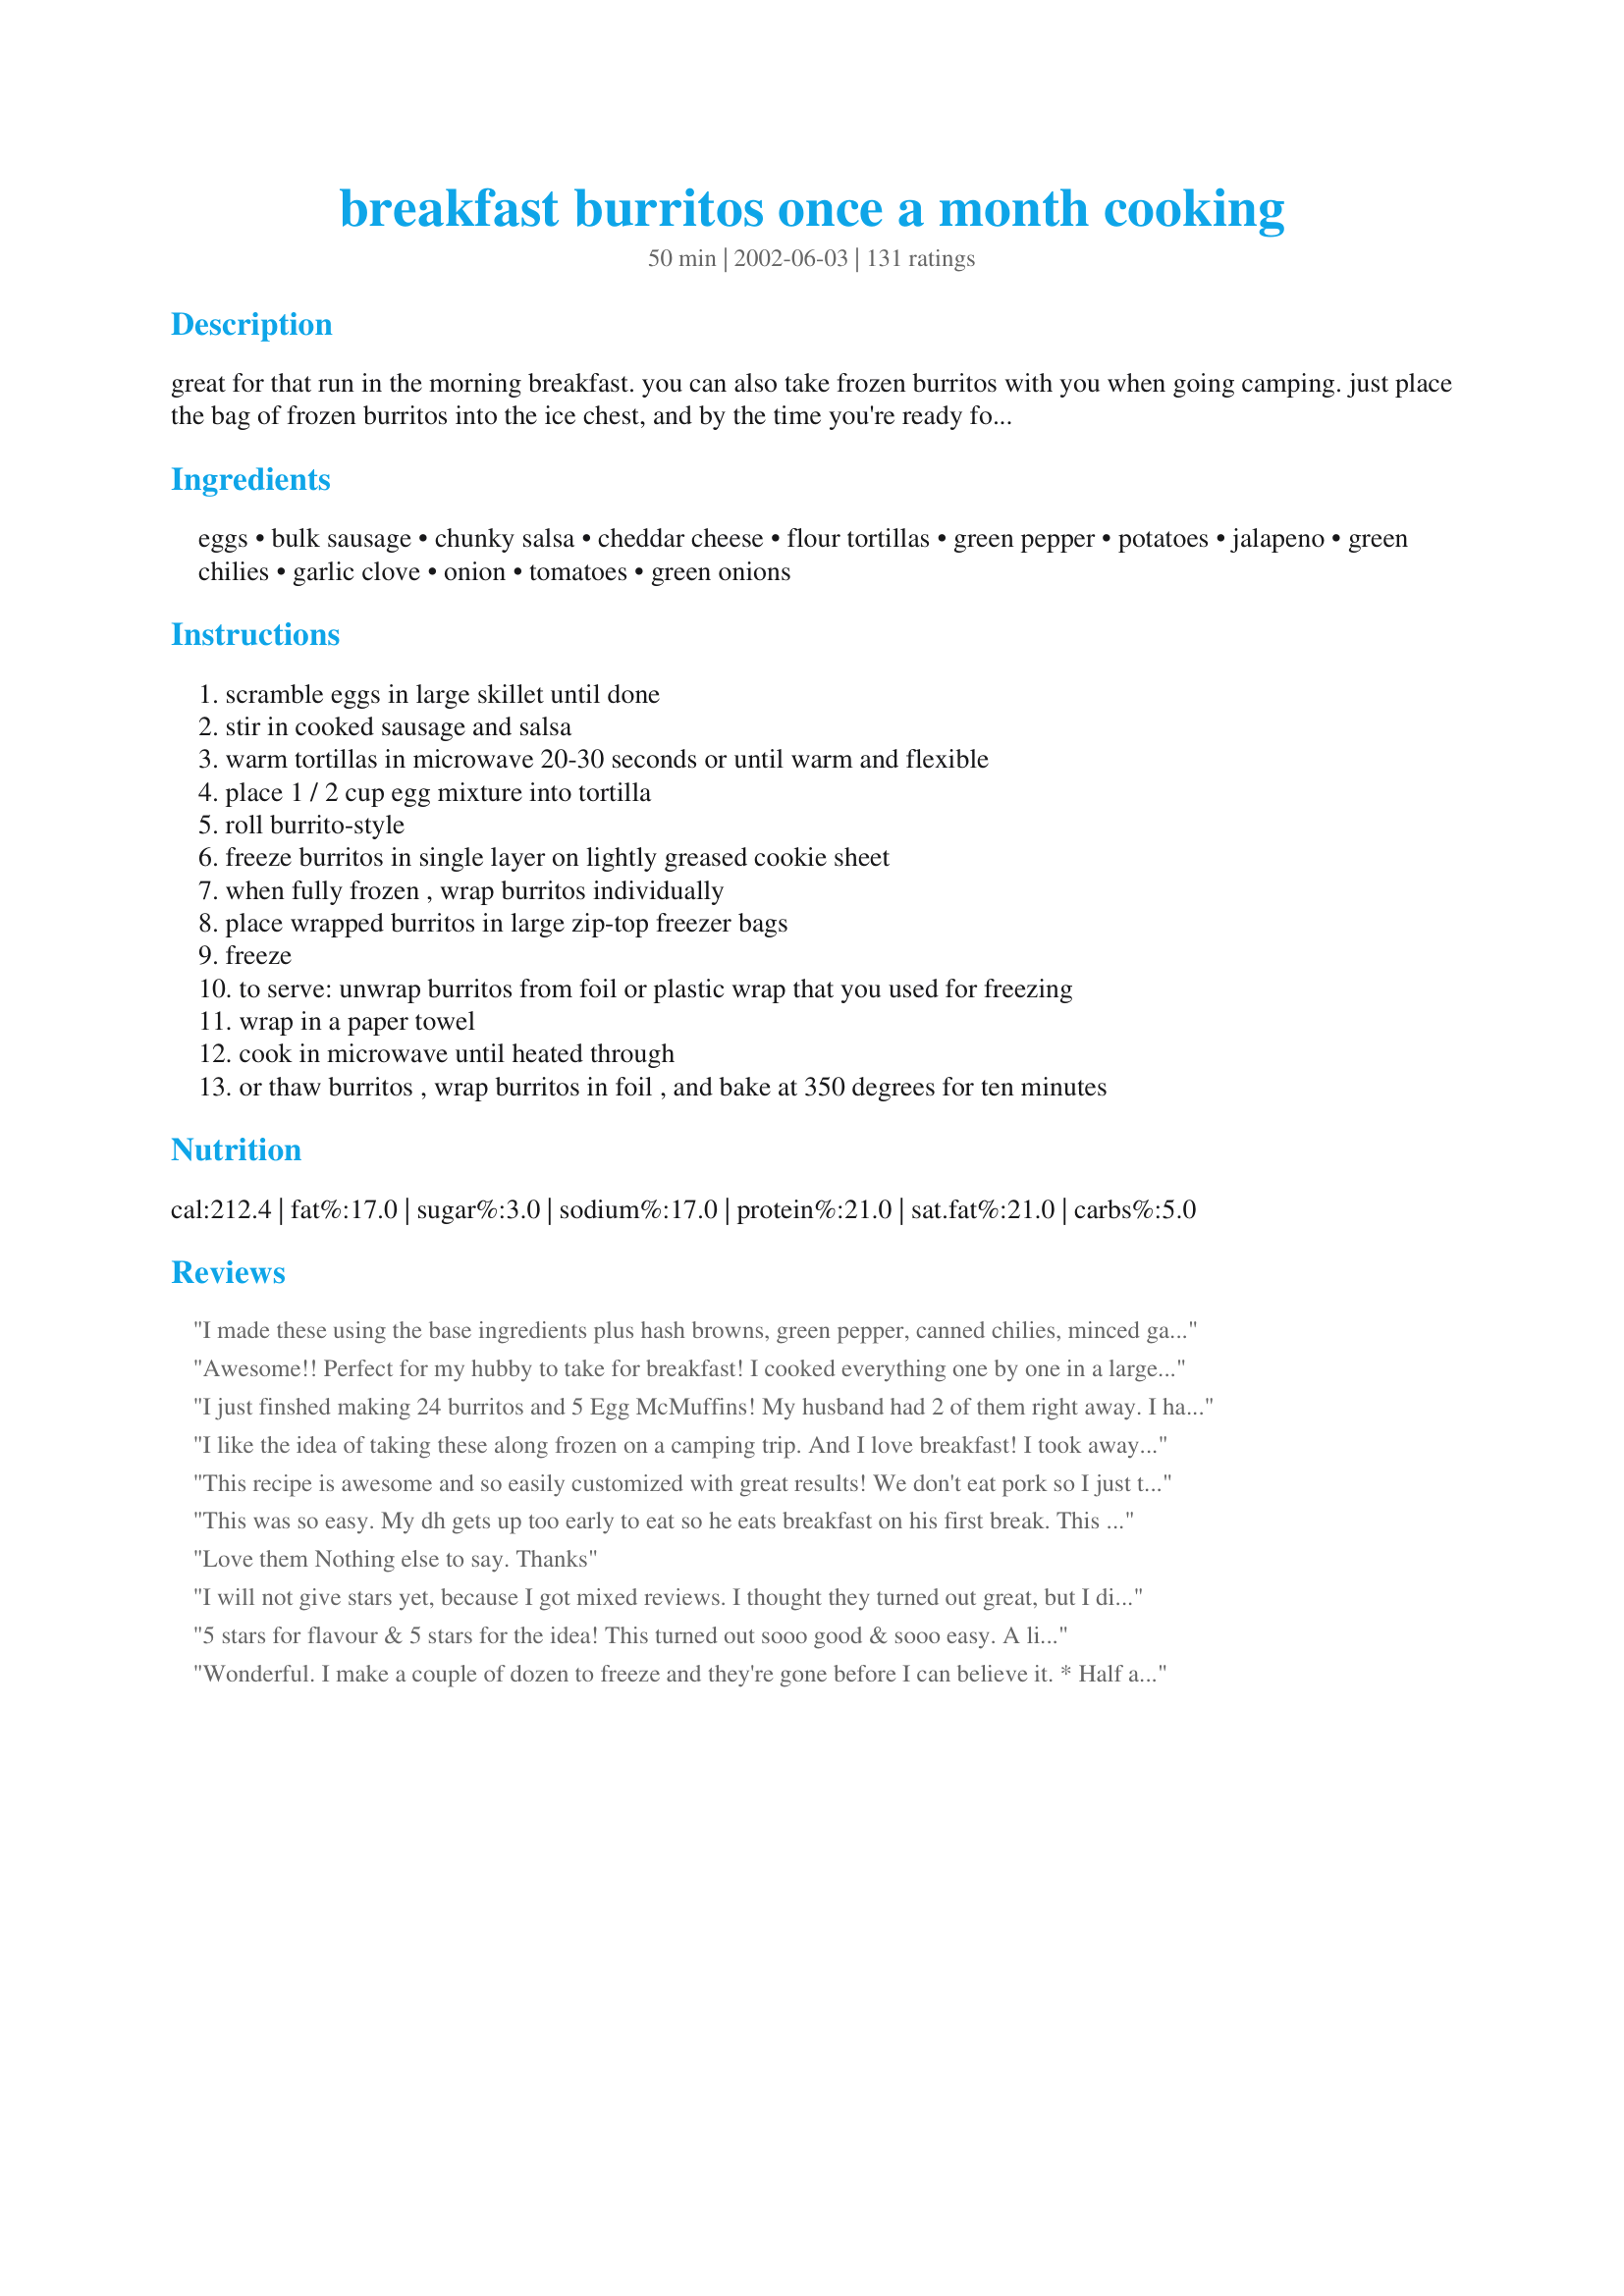
breakfast burritos once a month cooking
Preparation time: 50 minutes

great for that run in the morning breakfast. you can also take frozen burritos with you when going camping. just place the bag of frozen burritos into the ice chest, and by the time you're ready for breakfast the first morning, the burritos are fully thawed. then simply reheat them in a large skillet over the campstove or fire grate.

Ingredients:
eggs, bulk sausage, chunky salsa, cheddar cheese, flour tortillas, green pepper, potatoes, jalapeno, green chilies, garlic clove, onion, tomatoes, green onions

Steps:
scramble eggs in large skillet until done
stir in cooked sausage and salsa
warm tortillas in microwave 20-30 seconds or until warm and flexible
place 1 / 2 cup egg mixture into tortilla
roll burrito-style
freeze burritos in single layer on lightly greased cookie sheet
when fully frozen , wrap burritos individually
place wrapped burritos in large zip-top freezer bags
freeze
to serve: unwrap burritos from foil or plastic wrap that you used for freezing
wrap in a paper towel
cook in microwave until heated through
or thaw burritos , wrap burritos in foil , and bake at 350 degrees for ten minutes

Reviews:
I made these using the base ingredients plus hash browns, green pepper, canned chilies, minced garlic and green onion. When the bulk sausage was cooked I put it on paper towel to get some of the grease off and then cooked the green pepper, onion, garlic and chilies to soften them all up. I had three pans I dished from; hash browns, veggies and egg/sausage. They made 24 perfectly. My picky hubby ate three burritos before they even got into the freezer, he loves them! I plan on making a bunch of batches so my family can eat healthy while I'm going to school FT. Thanks for a great recipe!!
Awesome!! Perfect for my hubby to take for breakfast! I cooked everything one by one in a large skillet so there wasn't much clean-up. Took me about 90 minutes start to finish.
I just finshed making 24 burritos and 5 Egg McMuffins! My husband had 2 of them right away. I had a lot of filling so I started putting more into the last ones and that's why I ended up with the McMuffins! These will be excellent for breakfasts in the morning which I never seem to have time for. I can take it to work and heat it up and eat it at my desk when I get a few minutes. My husband is off work for a few weeks so he can very easily pull these out of the freezer and nuke them for breakfast/lunch. Even my fussy kids should like these! What I used in mine was 1 lb of Jimmy Dean Pork Sausage and 10 chopped up sausage links, 16 eggs, 1 pkg of hashbrowns, colby and mozz. cheese, diced green peppers and mild salsa. The only problem I had was getting them rolled into a burrito (have never been able to master that!).
I like the idea of taking these along frozen on a camping trip. And I love breakfast! I took away a star because this burrito NEEDS BACON!
This recipe is awesome and so easily customized with great results! We don't eat pork so I just took some ground turkey and made taco meat. I then made some hash browns, set them aside, stir fried some mushrooms and green peppers, set them aside, made the scrambled eggs--then I mixed in the peppers and mushrooms in with the eggs. In the end our burritos had eggs with green peppers and mushrooms, some hash browns, a little taco meat and Colby Jack cheese! Thanks Tish for the great recipe!
This was so easy. My dh gets up too early to eat so he eats breakfast on his first break. This is great for putting in his lunch box. Thanks for the wonderful recipe.
Love them Nothing else to say. Thanks
I will not give stars yet, because I got mixed reviews. I thought they turned out great, but I did not choose a good tortilla to use. I picked a whole-grain one, and no matter how piping,hard-to-handle hot I made them, they insisted on breaking. I also think the child who complained might have disliked the tortillas. I will definitely try these again with regular tortillas, because they were very easy to put together, and I loved how they reheated - they tasted fresh and yummy. (5/11/2006) This review is getting really long! Attempt # 2. I used regular tortillas but they were "burrito-size" which are way too big. I only ended up making 16, and the bread-to-filling ratio was too much. Next time I will use much smaller tortillas.
5 stars for flavour & 5 stars for the idea! This turned out sooo good & sooo easy. A little time consuming but i'd rather spend some time putting this together rather than making breaky at 6am for my husband. I loved the combination of flavours. I can't wait to try a greek style one with feta, ham, red onion and tomatoe! thanks for the genious recipe!!!
Wonderful. I make a couple of dozen to freeze and they're gone before I can believe it.

* Half an egg per burrito is just right.

* I used turkey sausage once and bacon crumbles once. Excellent both times.

* I dice a baked potato and add to the burritos. Also chopped green onions and green peppers, sauteed in the same pan as the eggs and sausage.
It was very good, very easy. Depending on your substitutions it may or may not make 24 burritos... Mine came out to less because I reduced the meat and used bacon instead. Using potatoes is a great way to stretch the filling.
Awesome recipe! I usually at least double the recipe because they freeze so well. I recently tried them with the flavored tortilla shells ( sun dried tomato and the salsa ) My son loved them he said it added so much more flavor.
He values his sleep in the morning ( lol )so these are great way to make sure he's feed in the morning. Microwave and go!
Thanks so much for the recipe.
My whole family enjoyed these, I used turkey sausage and a variety of different flavors of tortillas, my favorite was sundried tomato. Healthy alternative for a quick meal on the go, Thanks!
A great recipe to make ahead to ensure that you'll have something for a weekday breakfast. I cut the recipe in half and it made 11 four-inch burritos. You may want to salt the eggs after they have cooked. Thanks for the recipe.
These Breakfast Burritos are really Yummy! Awesome, easy, fast, nutritious breakfast choice for hectic school mornings. Both my kids and Husband love them!
Easy,economical and more important..very tasty. I just made the basic version without any of the optional toppings and found these to be just what I was looking for.. which is a quick on the go breakfast item that my family can easily grab in the morning when rushing out the door and skip the trip to a drive through.
These are really great! The filling possibilities are endless, and a great way to use up leftover ingredients languishing in the fridge. I like to make them at the end of a big OAMC session to use up my "leftover" chopped ingredients that I had prepared in advance and didn't need all of. Thanks!
Delicious OAMC breakfast! My DH really likes them as do I. I use the reduced fat sausage which is 12 oz and always add in the hash browns. This time, used frozen hashbrowns, which made prep a lot easier! I cook some onion in with the sausage and use whole wheat tortillas. So great to have in the freezer for a quick hearty breakfast. I used some larger burrito size tortillas this time, so made about 16 or 17 instead of 24. Have made now for the 2nd time and will be making again as a staple in our freezer! Thanks for the idea!
I made these in June and still have a few left in our freezer. They still taste very good. The egg/Eggbeaters (I used a combination) have dried out a bit, but that's disguised by the salsa and cheese (I'm the only one who noticed). I used 12 eggs/Eggbeaters, 1 lb sausage, 14 10" tortillas (regular, pesto, & flax), peppers, onions, green chiles, cheese, and salsa.
Let me add my voice to the chorus of cheers for this recipe. These are AMAZING, and so customizable! I made these with the eggs, bulk sausage, medium salsa, cubed potatoes, green pepper, onion and cheese. It made about 14 wells-stuffed burritos. These are even better reheated than they are fresh. Two thumbs way, WAY up, and thank you for such a delicious, versatile recipe!
Make these in a big breakfast making frenzy day for DH who loves them! I have used chorizo once and he REALLY loved those ones. Typically, I use only the onion and garlic from the additional ingredients but have used hashbrowns once and some Rotel tomatoes once. Have had 2 thumbs up every time!
I've made it a couple of times now. This is pretty time consuming to make for the inexperience OAMC cook (me), but well worth it. I feed about 5 people for breakfast every weekday morning, so it's pretty economical too. So much healthier than just a bowl of cereal. So much healthier and CHEAPER than buying something like this that is already made.
i made these tonight and everybody inhaled it. love how versatile it is. i only used 7 eggs and 1 pound of sausage and found that was perfect for 6 people.
Great idea! I used sausage, eggs, cheese, and salsa and it came out really good! My roommate loves these, thanks!
Opps... I thought I had reviewed these already! These make a great breakfast for my DH during the week, since he leaves so early for work! I make them up on the weekends in big batches and then freeze them. I change up the ingredients sometimes, but mostly I use scrambled eggs, "hot" sausage, hashbrowns, and cheddar cheese. Great idea... thanks for sharing!
This dish worked very well for us. The boy ate 5 before I could get any in the freezer. Simple ingredients that I keep on hand. Thanks for the idea!!!
Okay, here is what I did. I started with burrito size tortillas so they are the larger ones. I scrambled 24 eggs with three diced green onions. I prepared 24 ounces of Jimmy Dean hot sausage and separately cooked 3/4 of a 30 ounce country style hash browns. Combined the eggs, sausage and hashbrowns in a big bowl and added 1 chopped green pepper, 1 (4 ounce) can diced green chiles, 1 1/2 cup chunky salsa and 2 cups shredded cheddar cheese. I filled each of the burritos with one cup of the mix and ended up with 20 very stuffed burritos. Yum. Thank you for the idea. 
p7/8 of a package of frozen hashbrowns
What a handy recipe to have in the arsenal. Used whole wheat tortillas (pretending to eat healthy). Made about 2/3 of them using the basic recipe with a little extra slosh of salsa, then added diced cooked potatoes (browned in a skillet), green pepper and onion to the remaining filling to make a Denver omelet version. Either I used oversized tortillas, or I overstuffed them: I wound up with 15 - fewer than I&#039;d like, given how delicious they are. Next time, I&#039;ll increase the filling by 50%. And there WILL be a next time. It was nice to warm up a real breakfast for myself at work this morning, instead of relying on coffee and whatever cookies someone brought in to the office.
The only reason I gave this a 2 star review is because after trying it a couple of times, my DH and I decided we just don't like this sort of thing. It was easy to do and froze well, very versatile but just not for us.
I made a half batch of these and loved the results!! I will keep these prepared & in my freezer ready to grab & go from now on. Thanks Tish!
These are excellent and very easy to make. I have played with various combinations including pepperoni one day when I noticed I was out of sausage. Monteray Jack cheese with Jalepenoes is excellent in them also. It is saving us a fortune since hubby used to buy a couple each day on his way to work.
I've been cooking this weekend bc I'm starting a new job tomorrow. Now I will have a delicious and quick breakfast every morning! I am a breakfast person and won't give it up. THIS ROCKS! I just ate one and man-o-man it is good. I used real eggs, LF Jimmy D. sausage, green onions, salsa and cheddar. I'm so tickled with this idea. THANKS!
quick and easy. thanks! I doubled it, but still only got 27 burritos, maybe I used the larger burritos? I told the kids they were limited to one a day. I have been trying to stock the freezer for my bottomless pits-- thanks!
There are a lot of ingredients not mentioned in the directions.
I made these this morning (for breakfast and then did the remainder for OAMC). I followed the directions and also used 1 green bell pepper, 1 bag of frozen cubed hash browns (that I crisped up in the pan) and 1 tomato. These were sooooo declicious! The flavors are so good. It made a lovely start to our sunday morning and will make great breakfasts for my husband in the month to come. Thanks Tish for sharing such a wonderful, delicious and easy way to prepare good breakfasts for a month!
Very quick and easy. Great to have in the freezer for a breakfast on the go. Thanks for the recipe.
I made these and put them in the freezer on Sunday so we could grab them and go before work all week. These are delicious, easy and a whole lot healthier than the processed ones you buy from the grocer's freezer! Thanks for a great recipe we loved them! :)
this sounds so tasty can&#039;t wait to try it
These are very easy to put together and taste wonderful. I made these and put them in my freezer so that when I didn't feel like making breakfast I had something to eat. Well my brothers ended up coming over so I gave them some. They ended up taking the rest home with them. A week later they called and wanted me to make them some more. Thanks so much for sharing this wonderful recipe, Tish. I love that you have included instructions on how to freeze and reheat the burritos!!
Wow - I can't believe I never left a review! This was one of the first recipes I made on Zaar. I have since made breakfast burritos many times! This is so convenient to have in the freezer for all those busy mornings & commutes here in NYC. A true OAMC recipe! Plus, it's really easy once you get a system for wrapping your burritos down. I make half of the batch with bacon & the other half with sausage. With my eggs I use whole wheat tortillas, green chilis, scallions, cheese, & hash browns. You could make all sorts of versions! I have a chorizo & mozzarella version I'd still like to make someday. Thanks for posting!
Tish, You had me at Habanero Jelly but this is another great recipe. Thanks for posting it. I have made it without optional ingredients and it was great, I have made it with some of the optionals like potatoes and jalapenos and it was great. I have made them hot, medium and mild and they are a hit all three ways. Keep them recipes coming you got a fan in Alaska.
Easy to freeze and heat up in the mornings for a breakfast on the run. I throw in a large bag of Walmart brand frozen shredded potatoes (cooked) and use spicy bulk sausage. Family asks for them every week! I make it all in one skillet, after cooking the potatoes I transfer them to a bowl then fry the sausage with the onion and garlic, when it's almost done, I throw in the eggs, jalapenos, banana peppers, salt and pepper and fry them up until done. I take off the heat, trow in potatoes, cheese and salsa, stir and let cool before I wrap. Easy and tasty. Thx for the recipe!
So dang good! I never would have thought of freezing them. They tasted so fresh after being heated up too! I used everything but tomatoes and jalepenos. I used tater tots for potatoes and put them in the skillet with the vegetables and covered with a lid. When they were soft I just mixed that all together and broke up the tots. I also melted the cheese in with the eggs and that worked out great! We add extra salsa when we eat them too.
I have had this recipe in my cookbook for quite a while and finally decided to make them last night. I am always looking for the healthy route, so I used egg substitute, meatless sausage, reduced fat cheese and low-carb tortillas (and regular salsa). Even with all those changes, these were really delicious. I microwaved the frozen burritos for 2 minutes and they came out great. I am very happy to have a new easy (and healthy) breakfast option.
Everyone in our household loved these. The mixture never made it to the tortillas to go into the freezer. My DH and brother ate it in 2 days before I had a chance to put them together.
I was a little worried about a 10 inch tortilla with these, (thought there would be too much tortiila. I made two bowls of mixtures. DH doesn't like all my veggies. I made organic sausage with potatoes and onions with cheese, with a 1/4 cup salsa. Then I made a bowl with 1/2 green pepper, 6 mushrooms, 4 roma tomatoes chopped and two handfuls fresh spinach, along with his mixture of sausage and potatoes etc. I made the recipe as is and made the burritos a little bigger than 1/2 cup - a nice rounded large spoonula. I rolled two at a time with two bowls, and made 20 burritos. I labeled one bag 'Dad' and one bag 'Mom'. These are wonderful and will become a staple in our house. I look forward to trying many different ways of burritos. My daughter will have just egg with potatoes. Thank you so much Tish!
This recipe is awesome! I made plain and mexican-style versions for a Thanksgiving brunch and they were a huge hit. And even better than that, I had made the burritos about a week before the chaos hit, so only had to pull them out of the freezer to reheat before serving. Everyone left asking for the recipe. Thank you!!
Loved 'em! I made 2 batches for a canoeing trip. First batch used the basic recipe with regular bob evans sausage and green onions. The second batch was a country style with maple sausage, hashbrowns, and a yummy yet mild four cheese blend. DH complained that both would have salsa so made me leave it out of that one. He was wrong. He agreed that the salsa one's were better. The salsa binds everything together and doesn't necessarily make it "spicy". All of the campers loved the burritos, especially the regular "spicy" ones. I found that the hashbrowns tended to get a little mushy. 

Each batch made about 15. They froze well and were scrumptious. Rave reviews from the canoers! We will use this often at home! Thanks!
I first tasted these on a tortilla chip at the Clay County Fair when I was still in elementary school and we've eaten them ever since. We use more salsa, cook off the extra juice then add the cheese and put the lid on the pan until the cheese melts and then stir the cheese in. We also heat the tortillas on a griddle instead of in the microwave because they stick when I try to do them in the microwave to soften them before I fill them. I don't like individually wrapping them when I freeze them, so I freeze them in a single layer on waxed paper on a cookie sheet, put them in a big (usually 2-gallon) Ziploc then reheat them on a paper towel (which also works well to hold them while rushing out the door). We've also tried them with spinach tortillas and while I thought the tortillas tasted too strong, my dh and mil loved them.
Fantastic - out of this world - reheats beautifully! I used 3 links Johnsonville sausage for the meat - yummy!
I love this - being diabetic I need a well rounded breakfast. The hardest thing for me to get on busy mornings is protein, so these are perfect for me. I made mine with lots of veggies and refried beans. Adding another comment now that I've made these several times - frozen hash browns work better and are easier than potatoes AND to make prep time shorter I dont shred the cheese, I just slice and put on wrap before adding egg filling. Works great and saves time :)
Made these just as directed and added a chopped onion, 1/2 of a green pepper, and about a cup of mushrooms. Yum! I made these for my DH to eat before work but he's going to have to share!
These are fantastic, a really great breakfast to wake up to! I used eggs, salsa, hash browns, bacon and diced ham, cheese, onion & bell pepper. Super filling! Thanks!
These were easy to make and freeze quite well. I just grab one out of the freezer and put it in the microwave for 2 min and I'm ready to go.
Tish, delish! I made these in a clean out the freezer game. (It is a silly little game I play when I think it is rotation time!) I found the southwestern hashbrowns that I had previously frozen, 10 strips of bacon, 10 eggs, mozarella cheese (left over from italian night) little smoked wennies (left over from superbowl) and the tortillas you get from costco that are raw. I cooked everything up at seperate times, but in the same pan. Mixed it all together and then wrapped them each in plastic wrap, threw all but two in the freezer, first one, dh ate right then and there, very excited and the second, he ate this morning. 1 minute wrapped in a paper towel and he called me this morning to tell me it was the best breakfast he has had in a long time! Thanks for a great base I learned from! (And I looked like a genius!)
These are so convenient! I am trying to save some money and this makes so much for so little. Definitely beats the everyday cereal I have in the morning. This is a keeper...thanks!
The only thing I'd add add next time are some black beans. Not only did my entire family love them, but they were SO easy to make. I used whole wheat tortilaas, and they turned out great.
These are great for the protein diet teens here. My grandsons lift weights and work out so I bake sweets less often but have these on hand because they eat all day long and these give them lots of protein. I made the basic recipe with low fat cheddar. Once I've stocked them in the freezer they can feed themselves; the microwave is the first cooking tool I taught them. heh heh
Great recipe and couldn't be easier! I used turkey sausage and mozzarella cheese. I left out the salsa. They are so easy to reheat for busy mornings and super duper yummy! It's a keeper for sure!
These were great, Trish! I reheat mine as you mention below but then I place it in my sandwich maker for another 3 minutes to get the top and bottom nice and crispy. This is going in my regular rotation! Thanks, Trish
This is very good. I made it with the hashbrowns and eggbeaters. I was also out of salsa, so I used Rotel and jalapenos.

HOME RUN&lt;br/&gt;A few modifications: I used tater tots, just pop in oven until crispy and smash. I read someone had issues with w tortilla being hard so I choose a soft thin wrap and skipped microwaving before freezing. I used armigos brand wraps. I also used the smaller wraps which I think work great for portion control and dieting for me to eat just one but my husband can eat 2 (and he&#039;s a big guy). I also cooked everything separate and assembled on the tortilla. About 3 smash tots first, eggs than crumbled meat (turkey sausage, bacon etc chicken whatever) than I put a bit of cooked (drained) basil tomatoes than cheese (I did a four blend mix shredded cheese) on top. &lt;br/&gt;You could also do one with egg pepperoni, shredded cheese and tomatoes for a fun kids sleepover or kid friendly breakfast. Anyways I saved so much time this morning and this really stretched the groceries. My husband texted me from work this morning raving about it. Home run
These are perfect for busy weekday mornings. I take one out of the freeze at night for hubby to heat up in the morning. Great simple recipe that can be changed to mix it up. Thanks for sharing!!
This has been a life saver! I love the idea of the frozen burrito. I love how you can change it to your family's tastes. It's been so nice DH can take it to work in the morning. We have saved a lot of money. Thanks so much!
I've been looking for something that I could cook in bulk and freeze for quick breakfasts, and this is definitely it! I used the smallest tortillas, 8oz block of cheddar shredded, 3/4c salsa, 12 eggs, 4 slices bacon crumbled and 4 shredded russet potatoes. I got 17 burritos - although I overstuffed a couple, so it would have probably been more like 19 or 20 otherwise. Very tasty, and super easy!
I made a very large batch and used 36 eggs and 2 lbs sausage. This was plenty of sausage, and we love sausage. I used Ortega taco size flour tortillas. These were the perfect size. I wrapped the burritos in plastic wrap and immediately put into bags and froze. This worked great. To reheat, I microwave them for 1 minute with the plastic wrap loosely lying on top. Then I remove the plastic wrap and heat 45 more seconds.
Only made two to eat right away but they were so good. Added crisp hash browns and green onion. Will make many time again.
These are just great to have in the freezer for a quick breakfast or snack. I used crumbled cooked sausage links, and spread each tortilla with a layer of refried beans before adding the other ingredients. I made 6 extra-large burritos, then cut each in half before wrapping in plastic for freezing. Thanks for the great recipe!
this is a no brainer review. Easy to make, the best thing since scrambled eggs and toast. Very versital recipe to please any taste. However, I will be making these things more than once a month. I have a teen, nuff said.
My rating is based on the novelty of this "OAMC". Breakfast burrito recipes are pretty standard and I adapted this one to suit my needs- used SoyRizo (veggie chorizo) and soy cheese, but it turned out great! AND! I have breakfast every weekend for the next month! Great idea.
Thank you this is a keeper,
Very good! I made them with green pepper, hashbrowns and onion. About 1/4 of the mixture was eatten right away (DH though I had made supper LOL), so I didn't get 24 burritos out of it, but some did make it into the freezer. I made them with whole wheat flax seed tortillas, very yummy!!!
This is a brilliant recipe. I make a batch of these every so often for my husband to eat for breakfast before work. Perfect.
Awesome. I added about 2 cups of frozen hash browns (browned), a cup of sliced mushrooms and a cup of frozen diced onions. What a great way to get some protein in my husband on a hectic morning. I did find from a total frozen state, it took 3minutes in the microwave--but I do have a lower wattage micro. Good idea to wrap the burritos in a damp paper towel to keep them from drying out. Thanks.**update 02/15/13~~I make these quite often so I felt like I needed to revise my comment. This does not make 24 burritos unless you want all carb, too much tortilla burrito. I make an even 10 burritos, without splitting the tortillas. I'm not adding a ton more ingredients as far as what's listed. Still 12 eggs, 1/2 pound turkey sausage, then 2 cups cubed potatoes. Another cool trick is to reduce the salsa, helps to avoid the burrito being too wet.
I will be making my second batch of these tomorrow. I just did the baic recipe with no frills. I had never done OAMC recipes and I was happy this came together so quickly. Thank you.
These were a big hit with my family! Great to take for 6 am hockey practice.
I modified mine to what I had and got 9 tortillas filled with 1/2 cup of filling.
I used 10 eggs, 10 tsps milk, 1 package mini sizzlers, 6 tbsps salsa and 1 1/2 cups shredded cheddar.
Wouldn't change a thing, the flavour was great!
Thanks for making mornings easier :)
Excellent!
Wonderful idea. I made these for Sunday breakfast and used the remaining ingredients to freeze for later. It was a nice change of pace for our family breakfast. I didn't add the salsa to the egg mixture, since DS doesn't care for it. I just set it out with all the toppings for us to add as needed. Thank you for this wonderful breakfast and many for to come......Stephanie
I made a batch of these last night and was really surprised at how quick they were to put together. These are great, already 4 have gone. 
Only because I had the extra time, after I had microwaved them I popped them in my new Cafe Press for a minute to toast the outsides. If doing it again in the Cafe Press I probably would only microwave it for 1 1/2 minutes. 
My mind is going crazy with ideas for fillings. I used bacon and I think crushed pineapple would be nice with it. Hubby liked the sound of creamed corn and bacon. Savoury mince cooked with taco seasoning would also work well.
Thanks for sharing this great recipe that won't only be used for breakfast.
These are great ! My husband loves just grabbing one out of the freezer on his way to work and popping it in the microwave. He says they are much better than the ones on the "roach coach" at work! Thanks !
This recipe is sooo versatile, I make them differently every time and they&#039;re always great, You can buy a bag of chopped and frozen onion/pepper medley super cheap at grocery store that goes well, sometimes I put the left overs from chicken fajita night in it, sometimes bacon, left over veggies like spinach, hashbrowns, to me, this is the breakfast version of my great grannies &#039;pot pie&#039; which always included any left overs lol! I use about 1 egg per burrito sometimes less according to the volume of other ingredients. If you put a couple in fridge before going to bed it makes it much easier to reheat in microwave and heats more evenly than from frozen. Making so many takes a while, at minimum an hour but if you consider the collective time you save its worth it. My bf and I eat these all the time, they&#039;re so good and easy even for lunch or dinner if we&#039;re being lazy :)
i gave it a 3 because i ended up putting potatoes and it turned out not like i wanted i think next time i will x the potatoes (maybe the potatoes went cooked all the way
I just made this recipe for breakfast this morning. I halfed all the basic ingredients and added 1/2c. onions & bell peppers. Everyone loved it. It is definitely going into our breakfast rotation. I was able to make 13 burritos by using 1/4 cup of filling in each small (6 inch) tortilla.
This recipes has certainly come in handy with school starting and with my husband's work schedule. I've used just the basic recipe without all the extras and the fam loves them. I just made another batch yesterday, freezing half of them. Thanks Tish for all your great ideas.
These breakfast burritos are great. My version included ground Recipe #275998, and nutritional yeast sprinkled in instead of cheese. I added a diced potato, onion, and garlic. Even with these additions and using a 1/2 cup measuring cup, I only came up with 13 burritos. I ran into some difficulty when reheating as the tortilla would get really hard and crunchy. Thanks to some tips in the OAMC forum, I tried nuking them wrapped in a damp paper towel and it turned out much better. Thank you for this recipe, I will be making it again and again!
I can not believe I haven't reviewed this recipe until now. This is pretty standard in our house. I love having these in the freezer for a quick grab and go breakfast. There are so many variations that the possibilities are endless. This morningâ€™s version consisted of a mixture of homemade chorizo and a low-fat turkey/pork sausage. The sausage was cooked first with just enough fat cooked off to cook 2 small to medium shredded potatoes. Once the sausage was about ready, the potatoes were put into the pan and cooked while the sausage finished. The salsa was poured in at the end of cooking the sausage/potato mixture and some of the liquid was allowed to cook off. I then poured in 3 cups of egg substitute and allowed them to cook, stirring as they set. Finally, the grated cheese was added and stirred gently into the mixture. I would highly recommend planning ahead when selecting a pan. My 5 quart French oven worked quite well and the cast iron allowed for good even heat distribution while cooking. The tortillas were zapped 2 at a time for 30 seconds and the assembly was completed very quickly. After chilling for about an hour, the burritos have been wrapped in individual food serve foil sheets and placed in a ziplock bag and into the freezer they went for breakfast on the go.
This recipe got the best review from my kids... "It tastes just like McDonalds!". I enjoyed as well but added more salsa. I used 10" tortillas and got a total of 8 burritos, although a few were overstuffed. Thanks for a great recipe!
these are great...easy for the kids to make and fast for hubby to make before he goes to work. made 2 bags of about 12each and first bag was gone in 2days...guess that means we will be making these again.
This is actually really good. However, I did not follow the measurements to the core. For breakfast, I had one tortilla with 1 egg (not 1/2 of an egg), scrambled, with 2 oz. of sausage, chopped up, after the eggs were scrambled I cooked the sausage with the eggs on a nonstick pan. After the sausage was cooked, I added 1 tablespoon of salsa. In another pan, I warmed up the tortilla. Finally, I took the tortilla off the stove, poured the scrambled sausage and egg mixture on the tortilla and topped it with cheese; finally, I closed the tortilla from all four sides and warmed it on the pan again for the cheese to melt. I had it with a cup of orange juice and I really enjoyed it.
The burritos were fantasctic, but I was very puzzled to see that only 12 eggs would make 24 burritos. That's on .5 gee/burrito, and not nearly enough protein for my husband in the morning. So I upped the ammount to 16 eggs and cooked up some finely chopped bacon and added cheese and bbq sauce. I only got 7 burritos. Next time I will add potatoes and peppers etc. to bulk them up a little. Great idea, though.
I make these all of the time for my husband, he loves to take them to work. These are so easy and quick to prepare, thanks for a great recipe!
Made these for my boys for the summer and we loved them. Great recipe. Made a double batch and froze them.
What can I possibly mention that hasn't been said before..Probably nothing! 
For ingredients I used 16 eggs, 1 lb. sweet sausage, diced green pepper, diced onions, diced ham, garlic, 1/3 c. 'real' bacon bits, fiesta blend cheese and 1/2 c. mild salsa. and used 9" Burrito sized tortillas. I made this specifically for OAMC. Instead of spraying the sheet pan I used parchment paper. The bummer is I wished this made more than listed, due to the size of the tortilla I used (9") I only was able to make 10, and these were close to 3/4 of a cup, not 1/2 c. of filling-again because my tortilla must have been too large.
Great recipe Tish, my family was sooo tired of plain old breakfast-we call it 'The most boring meal of the day'! This has made breakfast fun again. Instructions were perfect!
Upgrading to 5 stars! Made two batches, one with sausage and one with ham. These are the easiest ever, freeze beautifully and heat up in a snap. Perfect for people on the go, a warm breakfast in hand as we run out the door is the BEST! Thanks for a great, easy, nutritious and delicious recipe. :] Very good for quick breakfast food! Simple to make, freeze and heat. Made a bunch to freeze for the teenagers. A great go-to recipe when you need to stock your freezer with simple and fast kid food. :] Thanks!
Made these for my 21 yr old son when he got his 1st apartment last February. He was working FT and going to school FT. He loves to cook but, not much time for it. He and his roommate loved the burritos! Now I am making them for another son and our DIL as they just had our very first grandchild (a boy!) and they have no time for cooking. I am actually making 15 different OAMC meals for them. Thanks for the recipe!
We make these with our favorite optional ingredients and you just have no idea how great they are. I usually use 1 1/2 lbs of sausage, a bag of Kroger frozen fajita pepper and onion mix(sauted and chopped up some more), a bag of frozen country style hashbrowns(cooked in the oven with parchment and foil-less mess and no sticking) and more cheese. They are SOOO good and a great to go breakfast or lazy breakfast.
What a time saver this is! It gave my husband and I a little something different for breakfast. I made them with spicy sausage, we like a little kick. So tasty and so easy in the morning! Thanks!
This so good. The proof is in the freezer!! I ate one while I was making them. I only made half the recipe. I used Ham cut realy small and cheese and the eggs. Seasoned with salt and peper and season salt. Wrapped those babies up and they are in the freezer. I know they will turn out. I am so very pleased I was able to make these for my brother to eat. Thank You sooooo very much. Hugs
Since these are breakfast "burritos" I assumed that I was to use burrito sized tortillas but I only got 9 burritos out of the batch. The 1/2 C of filling fit perfectly in the burrito shells. I think 1/2 C would be too much for a smaller shell.
I made these last month for my husband, but since he doesn't like sausage, I used ground turkey and added cumin for flavor. I had to try one, of course! They are delicious! For July I am going to try using whole wheat tortillas, egg beaters and mock sausage for a more healthful variety. Thank you so much for sharing this great recipe!
Labour intensive for sure, but, worth every morsel.. 
I copied the recipe off pat.. 
and doubled the recipe making 20 "tortillo" sized wraps. The secret of this recipe is in my opinion... is to follow the recipe... 
and also I did not add everthing to one pan... I had bowls with every individual ingrediant... cooked if called for and people could make their own according to their own preference. Half a cup is perfect for the filling.. basically a tbl spoon of each ingrediant incorporating the filling.
The left overs, I wrapped with a single layer of foil and top of that cling wrap. 
Very nice... sure beats the McD ... thanks for sharing this.
I love the versatility these things have. I found I could do all the cooking in one pan: cook sausage, remove. Cook peppers and mushrooms, remove. Warm hashbrowns, remove (this is all going into one large bowl) and finally, scramble eggs, add everything back in as well as cheese, salsa, etc. I forgot the cheese and the salse, but opened one back up and tried it with salsa. Yummy stuff. I had one for breakfast this morning and the sheer convenience of "remove from plastic wrap, nuke" made the little effort very worthwhile. I used the smaller tortillas accidentally. I made a half recipe, and I think I added too many hashbrowns, so I added an extra 3 eggs. It came out to be 23 burritoes plus about 2 burritoes' worth of filling I ran out of tortillas for. I will definitely be making these many times in the future! Next time I will remember the salsa and cheese, use fewer hashbrowns, and use the larger tortilla size for a greater filling-tortilla ratio. Update: I made these again the other day, sauteeing mushrooms and peppers until golden then adding hashbrowns that were still frozen. Adding them frozen deglazed the pan a little and got them nice and gold in the process. In a seperate pan I crisped bacon, removed to drain, and then scrambled eggs in the bacon pan. I used wrap size tortillas this time and a slightly heaping 1/2 cup of filling went into each of 12 burritoes. I added cheese to each as I wrapped them first in plastic wrap and stored them in the freezer in heavy gallon bags. I can't tell you how much of a life saver these have been for breakfast. I'm hypoglycemic, so having something with protein that I can have ready in 2 minutes can literally make all the difference in my day. I'm making another batch today with sausage (low fat kind), red pepper, eggs, hashbrowns, and mozzarella cheese. I'd also like to try this with chopped tomatos and guac. Sorry for the dreadfully long review!
Absolutely wonderful! Better than the fast food variety!
I made two batches of these yesterday; one with sausage and one with crumbled bacon.
I sprinkled some kosher salt and a little bit of freshly ground pepper on the eggs, which helped. The eggs are just oh so slightly rubbery after being frozen and reheated. My husband is happy that he can just grab one in the morning on the way to work. Now my son wants his own batch of plain egg. Not gourmet fare (didn't expect it to be), these are just great for weekday breakfast on the run.
Thank you, KITTENCAL.
We love these! We enjoy them not only for a breakfast/ early lunch, but also for those days when you come home too late/tired to make dinner but still want something delicious and filling. In place of the sausage we use diced ham - but that's the glory of this recipe isn't it? You can use as many or as little ingredients as you like. We generally add whatever we have going on in the fridge - peppers, onions, home fries/potatoes - I think once we even added chili!!! :) Delicious, great and handy recipe Tish - Thanks for posting!
These came together so easily and froze quickly too! I used egg substitute, veggies and meatless sausages. Should be a very yummy quick breakfast for DH. Thanks for yet another quick breakfast idea!
These are a great "on the run" breakfast. Take out of the freezer in the am and by the time I'm at work they are thawed and ready for the microwave. Being diabetic these have been a life-saver on hectic mornings!
i tweeked the recipe a bit and dropped the salsa and added hash browns when the sausage was almost cooked. i think that it might cook better if the hash browns were cooked with the eggs. don't asked how much hash browns i just poured it in till it looked right. sorry! these will be another good camping breakfast...spring is almost here
This was my first oamc recipe that I tried, and I love it. It's a very convenient breakfast idea. I like having fiber in the morning, so I added a drained can of black beans and used whole wheat tortillas. The amount of servings in the recipe seems to be a bit off though; I increased all the ingredients by 50%, but still only had enough filling for 24 tortillas. So if people really want to make sure they end up with 24 burritos, they should use 18 eggs, a pound and a half of sausage, and increase the rest of the ingredients accordingly :)
Only problem I had with this recipe was getting any of the finished product into the freezer. My husband, daughter, and Mother kept snatching them as they were made! I had a couple myself :)
Added jalapenos and hash browns.. yummo!
I'm giving this recipe only 3 stars, b/c when eaten fresh they are very good!! However, after freezing and then reheating in the microwave, it just didn't taste as good to me. I'm wondering if in my microwave I don't need to leave in for the whole two minutes, b/c it made the edges of the tortilla quite hard. I'm going to play around with the time for the remainder that are in the freezer and if I have success I will edit my . Thanks!!
Edit 1/29/09 - Changing to 4 stars instead of 3. I adjusted the time on my microwave to 1 min and 40 sec and the tortilla did NOT become hard on the edges and it tasted MUCH better! Amazing what 20 seconds can do depending on your appliance.
These were fantastic! I used eggbeaters, lean turkey sausage, 2% cheese, lots of salsa, green chilis, and onions. My kids thought they were the best. They are a much better breakfast option for them than cereal or toaster pastries...and just as fast in the morning.
I made a batch of these with diced ham and a little salsa in each. I froze them in a single layer then I wrapped them individually in foil. My family went a four day camping trip. We packed the frozen burritos in a plastic bag in the cooler. I kept them wrapped in the foil and just cooked them in a skillet on a gas burner. Great way to start the day off and a easy breakfast. Wonderful for camping and my family likes them so much I plan on keeping them in the freezer for quick breakfasts when school starts back.
I made this with the optional ingredients included - made it vegetarian with "veggie sausage" patties. I added ground chipolte pepper and cumin to taste. They are the best breakfast burritos I have ever made. They also freeze and reheat nicely. We have been eating them all week for breakfast. Three minutes in the microwave and we have a fresh, healthy breakfast or snack. The husband is very excited about breakfast now!
This recipe is so very awesome!!! I cooked everything in one pan. I used sasuage, onion, pepper and mushrooms and chunky salsa with cheddar cheese and of course eggs. This is so easy and tasty. Only I didn't freeze on a greased cookie sheet I just piled on plate and froze then wraped they didn't stick together. Easy recipe to play with and change to taste. I must say I have been asked to make double do to everybody snacking and not eating just for breakfast. I did warm in microwave but I wet a paper towel and lay on top keeps wrap moist and tender.Thx Tish
Delicious! I made a vegetarian version using whole grain tortillas, eggs, low fat cheese, purple potatoes, vegetairan soyrizo, red pepper, onion and salsa. My tortillas must be larger than what you use as I ended up with only 12 burritos. Thanks for posting, this makes a wonderful, easy breakfast (or, today, dinner) on the go. Will make this again for sure.
Very easy. I used whole wheat tortillas and set up an assembly line to assemble. I wrapped each individually in plastic wrap then stored them in large ziplock in the freezer. In the morning, I put the wrapped burrito in the microwave for just over one minute. They turn out great. I am curious to see what will happen if I put an unwrapped one in the microwave alone. All of the news about plastic leaching concerns me. I will try tomorrow morning!
Loved these!!! So very easy. Used turkey breakfast sausage, hashbrowns, green pepper, mushrooms, and a hot chunky salsa. I forgot the cheese. Grrrr. I like having these in the freezer for a quick breakfast. Thanks for posting a recipe that will certainly be a repeat.
I didn't have any pork sausage so I substituted some cubed cooked ham. WOW! This worked out so well that we wrapped them in aluminum foil, froze them and took them camping with us. Really easy to reheat at the camp site in a covered pan over low heat. Just remember to turn them once in awhile.
I agree with other reviewers. A little time consuming for a new OAMC chef but well worth the results. My fiance likes his scrambled eggs a certain way, so I followed his recipe for the eggs. Due to allergies and lack of ingredients, I only had eggs and sausage as the filling. Still turned out amazing. I took the eggs off the heat when they still looked a little wet, and I think that helps when we microwave them now. Also, I used corn tortillas that were a little dry. Next time, I will use a toothpick to hold them together. We used an electric mixer to speed everything up, and it did help. Great for freezing.
We love these! So so so good!! The only optional ingredient I used was diced onion (next time I will definitely use more opt. ingredients) and instead of sausage I used a jar of Hormel real bacon bits. I followed all the directions and was so bummed to only get 8 burritos! My tortillas were just regular burrito size and I used my 1/2 c. measure. They turned out so yummy I wish they would have made 24 but now I know to triple the recipe :). Thank you for sharing!!
These were very easy to make, my only beef is with the yield. I changed the recipe for 30 burritos and followed it exactly (aside from adding about 1/4 c ranch dressing). I got 22, and if I had put a half cup of the mixture on each I'd have gotten less (I used a scant 1/3 c and toward the end they got kinda of skimpy!) . It would have been nice if the the size of the tortillas that should be used would have been included in the recipe, either the tortillas I chose to use were too big (soft taco size) or the recipe is just off? I almost added milk to the scrambled eggs because I always make scrambled eggs with milk, but decided to follow the recipe exactly. If I would have added a cup of milk or so I would have had enough filling. Aside from that, it's a great recipe!
Wow, these are great!! I used 6oz of canadian bacon to make them leaner. I used the burrito sized tortillas and made a total of 8 burritos, I don't know how you could possibly make 24 burritos out of the filling unless using fajita size tortillas.
This is a great recipe and method! I've only made it with the basic ingredients. I do think, however, that you must use all of the optional ingredients if you expect to get 24 burritos.
I have made this recipe about 6-7 times now, probably should review it. Takes about an hour start to finish to make anywhere from 12-16 burritos, depending on how big my tortillas are. My husband loves these for breakfast, has them almost every day for breakfast. Have made this exact recipe with 2-3 x the salsa, allowing the moisture to cook out before rolling, and also a veggie chorizo, potato and salsa version. Love it, only problem is now hubby expectes them for breakfast each am, I can never stop making them!
I'm making my 2nd batch. My 16 year old son loves these for breakfast. I love the fact that they are less than 3 minutes from freezer to eating via the microwave. We like ours with just the eggs/cheese/sausage & salsa...no extras. One thing though: I agree that these don't make 24 .....12 eggs, 1 lb sausage, etc make abt 12 burritos in our house (10 in sized.) Excellent for busy households who still want a healthy breakfast quickly!
My husband & I made a huge batch of these for our annual Vic Ferrari camping trip - everyone raved how great they were and we were saved us time and mess while camping (more time for partying!!!). Additionally, any left over burritos can be taken back home and frozen!!!!
I made a batch of these for my 21 yr. old son who lives on his own and he can't stop raving about them. They are soooo convenient for him as he really doesn't cook and I feel good knowing he's eating. Thanks so much for the recipe, I'll be making these alot for him
These are wonderful! So tasty and so EASY! I make them for my husband to take to work to nuke in the microwave and he loves them. I find myself eating them as well because they are so convenient on busy days. I love how the tortilla doesn't get tough from re-heating. Must be from freezing them before wrapping? Whatever it is, they are great to have in the freezer. Time to make more!
My husband loves these!! I added extra cheese because he is a cheese fiend, otherwise followed the recipe. Thanks for a great recipe!!
